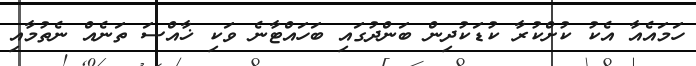
ހަމައެއާ އެކު ކުށްކުރާ ކުޑަކުދިން ބަންދުގައި ބަހައްޓާނެ ވަކި ޚާއްސަ ތަނެއް ނެތުމާއި